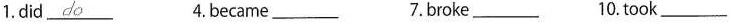
1.did \underline{##do##} 4.became ____ 7.Broke____ 10.Took ____